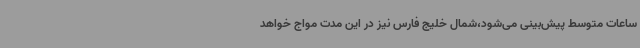
ساعات متوسط پیش‌بینی می‌شود،شمال خلیج فارس نیز در این مدت مواج خواهد